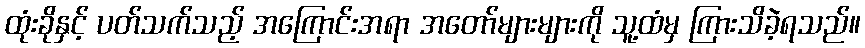
ထုံးခိုနှင့် ပတ်သက်သည့် အကြောင်းအရာ အတော်များများကို သူ့ထံမှ ကြားသိခဲ့ရသည်။